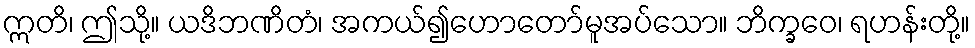
ဣတိ၊ ဤသို့။ ယဒိဘဏိတံ၊ အကယ်၍ဟောတော်မူအပ်သော။ ဘိက္ခဝေ၊ ရဟန်းတို့။